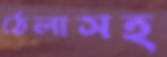
ঠেলাসহ